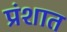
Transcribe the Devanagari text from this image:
प्रंशात